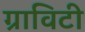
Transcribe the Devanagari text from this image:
ग्राविटी